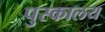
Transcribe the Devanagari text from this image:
पुस्‍कालय